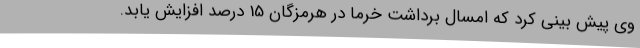
وی پیش بینی کرد که امسال برداشت خرما در هرمزگان 15 درصد افزایش یابد.